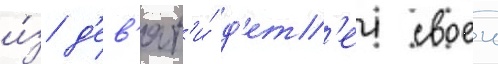
и́з д'ев'ят'и́ д'ет'еи своеи